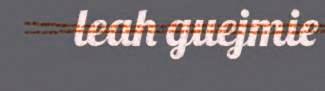
leah guejmie